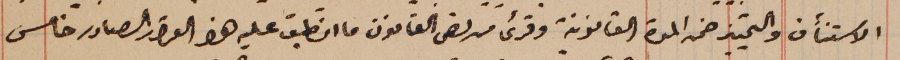
الاستنأف والتمييز ضمن المدة القانونية وقرىء من نص القانون ما انطبق عليه هذا القرار الصادر خامس